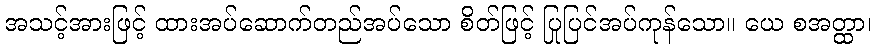
အသင့်အားဖြင့် ထားအပ်ဆောက်တည်အပ်သော စိတ်ဖြင့် ပြုပြင်အပ်ကုန်သော။ ယေ စအတ္ထာ၊